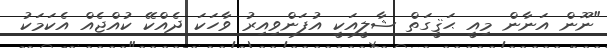
"ނޫން އަނާން މިއީ ޙަޤީގަތް ޝާލީއަކީ އުފަންވިއިރު ވާހަކަ ދެއްކޭ ކުއްޖެއް އެކަމަކު